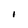
Character: I